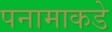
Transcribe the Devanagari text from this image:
पनामाकडे